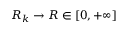
R _ { k } \to R \in [ 0 , + \infty ]